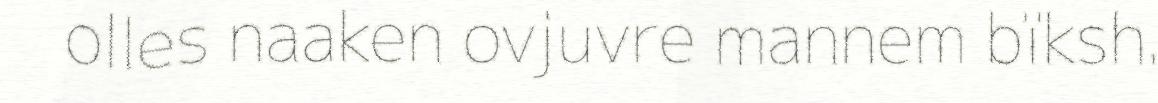
olles naaken ovjuvre mannem bïksh.